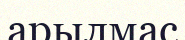
арылмас